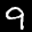
Label: 9